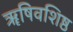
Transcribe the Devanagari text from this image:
ॠषिवशिष्ठ